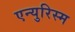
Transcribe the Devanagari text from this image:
एन्युरिस्म